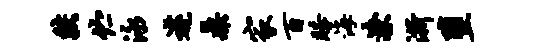
较伫泳遽鼎家百睡海潦浙堕